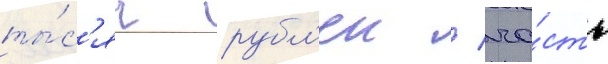
ты́с'яч рубл'еи / ча́сть